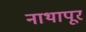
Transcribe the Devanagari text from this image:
नाथापूर